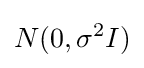
N(0,\sigma ^{2}I)